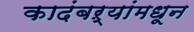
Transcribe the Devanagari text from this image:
कादंबऱ्यांमधून